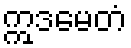
ဣဒမေတံ